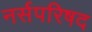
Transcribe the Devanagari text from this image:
नर्सपरिषद